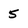
Character: 5